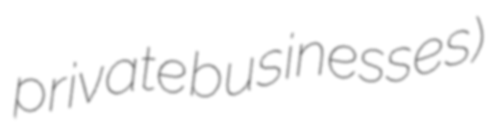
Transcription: private businesses)